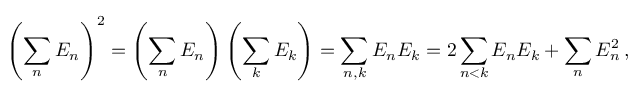
\left( \sum _ { n } E _ { n } \right) ^ { 2 } = \left( \sum _ { n } E _ { n } \right) \left( \sum _ { k } E _ { k } \right) = \sum _ { n , k } E _ { n } E _ { k } = 2 \sum _ { n < k } E _ { n } E _ { k } + \sum _ { n } E _ { n } ^ { 2 } \, ,